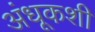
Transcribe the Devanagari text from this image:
अंधूकशी